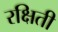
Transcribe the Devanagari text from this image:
रक्षिती